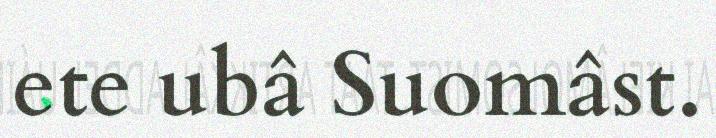
ete ubâ Suomâst.